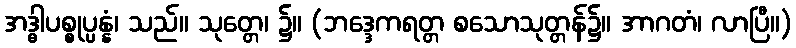
အဒ္ဓါပစ္စုပ္ပန္နံ၊ သည်။ သုတ္တေ၊ ၌။ (ဘဒ္ဒေကရတ္တ စသောသုတ္တန်၌။ အာဂတံ၊ လာပြီ။)